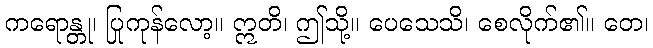
ကရောန္တု၊ ပြုကုန်လော့။ ဣတိ၊ ဤသို့။ ပေသေသိ၊ စေလိုက်၏။ တေ၊